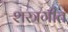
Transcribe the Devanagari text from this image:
शस्त्रगीत